Investigations into the jail dietaries of the United Provinces with some observations on the influence of dietary on the physical development and well-being of the people of the United Provinces - Number 48
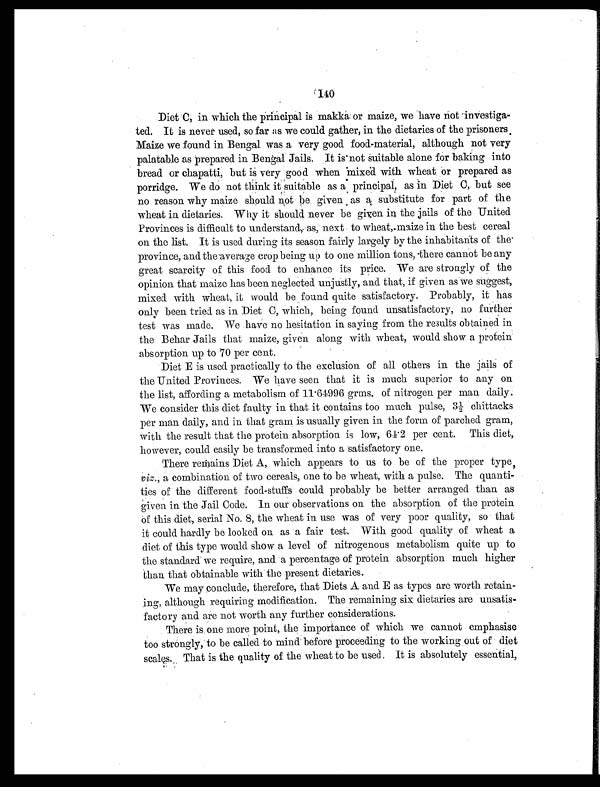
140
Diet C, in which the principal is makka or maize, we have not investiga-
ted. It is never used, so far as we could gather, in the dietaries of the prisoners
Maize we found in Bengal was a very good food-material, although not very
palatable as prepared in Bengal Jails. It is not suitable alone for baking into
bread or chapatti, but is very good when mixed with wheat or prepared as
porridge. We do not think it suitable as a principal, as in Diet C, but see
no reason why maize should not be given as a substitute for part of the
wheat in dietaries. Why it should never be given in the jails of the United
Provinces is difficult to understand, as, next to wheat, maize in the best cereal
on the list. It is used during its season fairly largely by the inhabitants of the
province, and the average crop being up to one million tons, there cannot be any
great scarcity of this food to enhance its price. We are strongly of the
opinion that maize has been neglected unjustly, and that, if given as we suggest,
mixed with wheat, it would be found quite satisfactory. Probably, it has
only been tried as in Diet C, which, being found unsatisfactory, no further
test was made. We have no hesitation in saying from the results obtained in
the Behar Jails that maize, given along with wheat, would show a protein
absorption up to 70 per cent.
Diet E is used practically to the exclusion of all others in the jails of
the United Provinces. We have seen that it is much superior to any on
the list, affording a metabolism of 11.64996 grms. of nitrogen per man daily.
We consider this diet faulty in that it contains too much pulse, 3½ chittacks
per man daily, and in that gram is usually given in the form of parched gram,
with the result that the protein absorption is low, 64.2 per cent. This diet,
however, could easily be transformed into a satisfactory one.
There remains Diet A, which appears to us to be of the proper type
, viz., a combination of two cereals, one to be wheat, with a pulse. The quanti-
ties of the different food-stuffs could probably be better arranged than as
given in the Jail Code. In our observations on the absorption of the protein
of this diet, serial No. 8, the wheat in use was of very poor quality, so that
it could hardly be looked on as a fair test. With good quality of wheat a
diet of this type would show a level of nitrogenous metabolism quite up to
the standard we require, and a percentage of protein absorption much higher
than that obtainable with the present dietaries.
We may conclude, therefore, that Diets A and E as types are worth retain-
ing, although requiring modification. The remaining six dietaries are unsatis-
factory and are not worth any further considerations.
There is one more point, the importance of which we cannot emphasise
too strongly, to be called to mind before proceeding to the working out of diet
scales. That is the quality of the wheat to be used. It is absolutely essential,